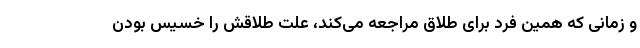
و زمانی که همین فرد برای طلاق مراجعه می‌کند، علت طلاقش را خسیس بودن